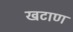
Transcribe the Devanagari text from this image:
खटाण